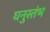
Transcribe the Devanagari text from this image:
घनुस्तंभ